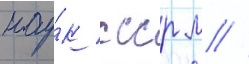
нау́к ссср м //